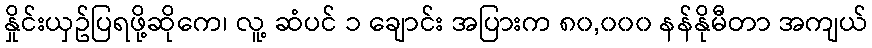
နှိုင်းယှဥ်ပြရဖို့ဆိုကေ၊ လူ့ ဆံပင် ၁ ချောင်း အပြားက ၈၀,၀၀၀ နန်နိုမီတာ အကျယ်